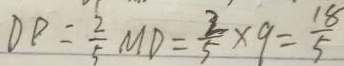
D P = \frac { 2 } { 5 } M D = \frac { 2 } { 5 } \times 9 = \frac { 1 8 } { 5 }